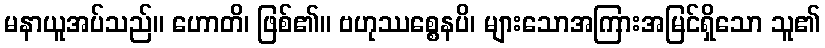
မနာယူအပ်သည်။ ဟောတိ၊ ဖြစ်၏။ ဗဟုဿစ္စေနပိ၊ များသောအကြားအမြင်ရှိသော သူ၏